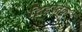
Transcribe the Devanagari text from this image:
द्विहस्तक